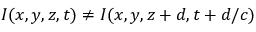
I ( x , y , z , t ) \neq I ( x , y , z + d , t + d / c )